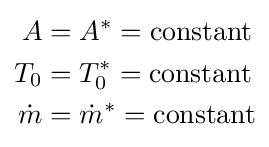
{\begin{aligned}A&=A^{*}={\mbox{constant}}\\T_{0}&=T_{0}^{*}={\mbox{constant}}\\{\dot {m}}&={\dot {m}}^{*}={\mbox{constant}}\end{aligned}}